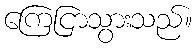
ကြေငြာသွားသည်။